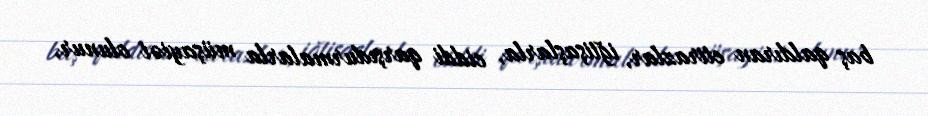
baş qaldıran etirazlar, iğtişaşlarla, ciddi qarşıdurmalarla müşayiət olunur.